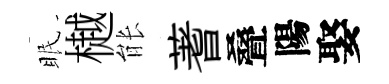
眠樾䏻蓍叠陽娶